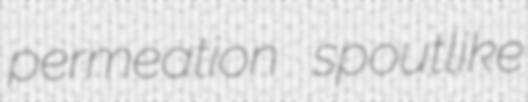
permeation spoutlike